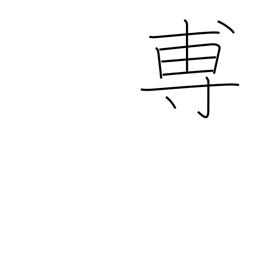
Meaning: to announce